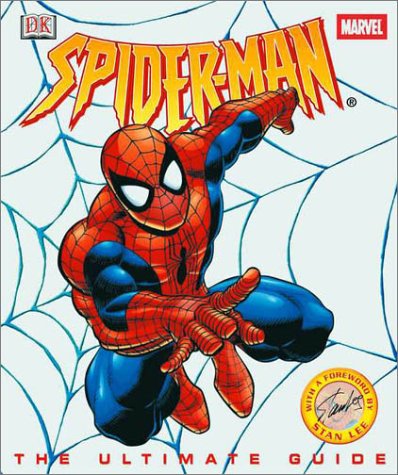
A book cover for Spider-man: The Ultimate Guide; Cynthia  O'Neill; Children's Books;